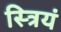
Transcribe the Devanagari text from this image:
स्त्रियं